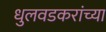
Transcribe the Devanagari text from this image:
धुलवडकरांच्या